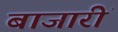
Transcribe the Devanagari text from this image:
बाजारीं